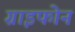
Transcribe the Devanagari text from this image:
ग्राइफोन